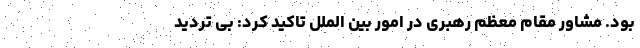
بود. مشاور مقام معظم رهبری در امور بین الملل تاکید کرد: بی تردید